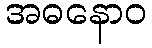
အဓနောဝ